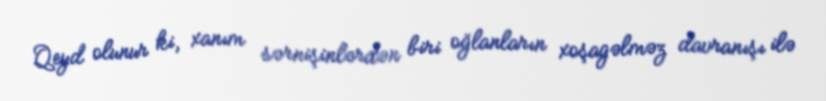
Qeyd olunur ki, xanım sərnişinlərdən biri oğlanların xoşagəlməz davranışı ilə